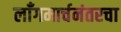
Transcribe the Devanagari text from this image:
लाँगमार्चनंतरचा